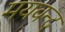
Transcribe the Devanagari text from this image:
मयवन्द